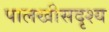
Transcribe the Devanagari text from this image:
पालखीसदृश्य